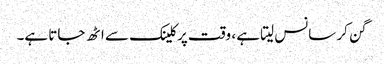
گن کر سانس لیتا ہے ، وقت پرکلینک سے اٹھ جاتا ہے۔